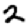
Digit: 2